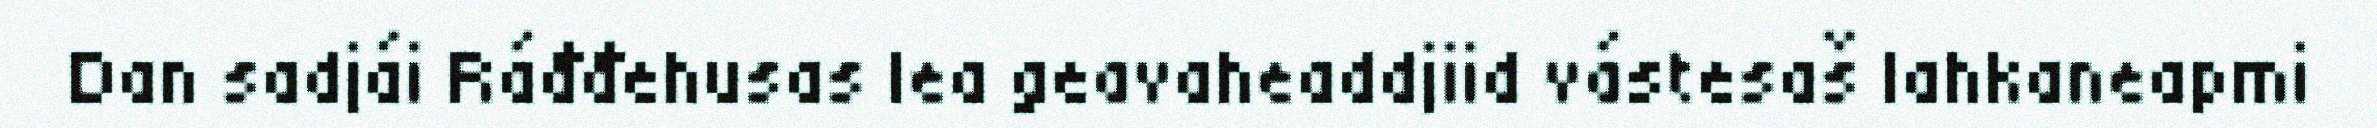
Dan sadjái Ráđđehusas lea geavaheaddjiid vástesaš lahkaneapmi